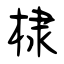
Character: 棣